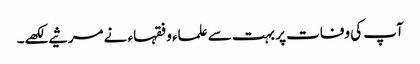
آپ کی وفات پر بہت سے علماء و فقہاء نے مرثیے لکھے۔